Annual statistical returns and brief notes on vaccination in Bengal - 1909-1929
Year: 1909
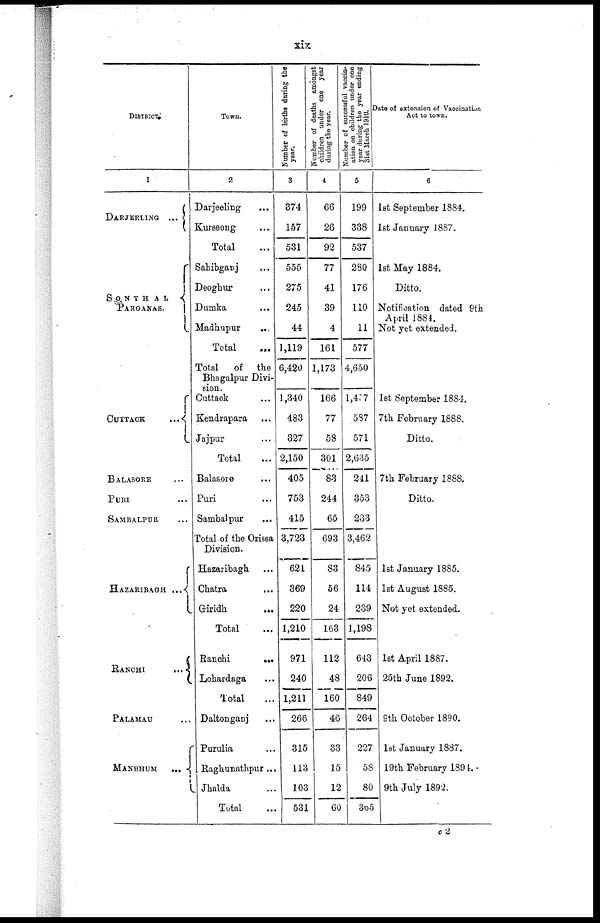
xix
DISTRICT.
1
DARJEELING...
SONTHAL
PARGANAS.
CUTTACK...
BALASORE...
PURI...
SAMBALPUR...
HAZARIBAGH...
RANCHI...
...
PALAMAU...
MANBHUM...
Town.
2
Darjeeling... ...
Kurseong... ...
Total...
Sahibganj... ...
Deoghur... ...
Dumka... ...
Madhupur... ...
Total...
Total
of
the
Bhagalpur Divi-
sion.
Cuttack... ...
Kendrapara... ...
Jajpur... ...
Total...
Balasore...
Puri... ...
Sambalpur... ...
Total of the Orissa
Division.
Hazaribagh... ...
Chatra... ...
Giridh...
...
Total...
Ranchi... ...
Lohardaga... ...
Total...
Daltonganj... ...
Purulia... ...
Raghunathpur...
Jhalda... ...
Total...
Number of births during the
year.
3
374
157
531
555
275
245
44
1,119
6,420
1,340
483
327
2,150
405
753
415
3,723
621
369
220
1,210
971
240
1,211
266
315
113
103
531
Number of deaths amongst
children under one year
during the year.
4
66
26
92
77
41
39
4
161
1,173
166
77
58
301
83
244
65
693
83
56
24
163
112
48
160
46
33
15
12
60
Number of successful vaccin-
ation on children under one
year during the year ending
31st March 1910.
5
199
338
537
280
176
110
11
577
4,650
1,477
587
571
2,635
241
353
233
3,462
845
114
239
1,198
643
206
849
264
227
58
80
365
Date of extension of Vaccination
Act to town.
6
1st September 1884.
1st January 1887.
1st May 1884.
Ditto.
Notification dated 9th
April 1884.
Not yet extended.
1st September 1884.
7th February 1888.
Ditto.
7th February 1888.
Ditto.
1st January 1885.
1st August 1885.
Not yet extended.
1st April 1887.
25th June 1892.
9th October 1890.
1st January 1887.
19th February 1894.
9th July 1892.
c2